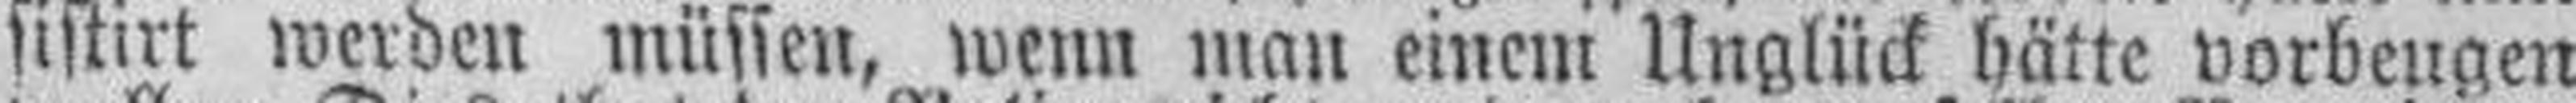
sistirt werden müssen, wenn man einem Unglück hätte vorbeugen